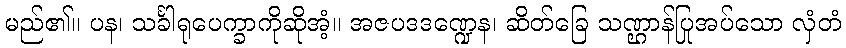
မည်၏။ ပန၊ သင်္ခါရုပေက္ခာကိုဆိုအံ့။ အဇပဒဒဏ္ဍေန၊ ဆိတ်ခြေ သဏ္ဌာန်ပြုအပ်သော လှံတံ